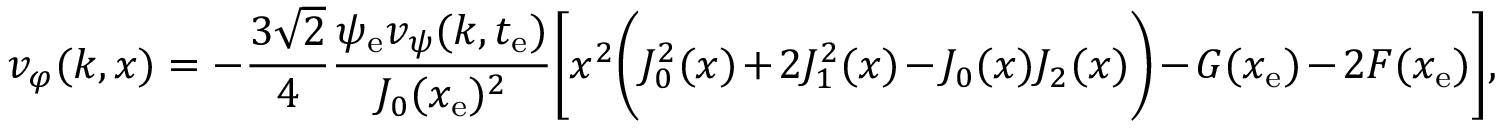
v _ { \varphi } ( k , x ) = - \frac { 3 \sqrt { 2 } } { 4 } \frac { \psi _ { \mathrm { e } } v _ { \psi } ( k , t _ { \mathrm { e } } ) } { J _ { 0 } ( x _ { \mathrm { e } } ) ^ { 2 } } \biggl [ x ^ { 2 } \biggl ( J _ { 0 } ^ { 2 } ( x ) + 2 J _ { 1 } ^ { 2 } ( x ) - J _ { 0 } ( x ) J _ { 2 } ( x ) \biggr ) - G ( x _ { \mathrm { e } } ) - 2 F ( x _ { \mathrm { e } } ) \biggr ] ,